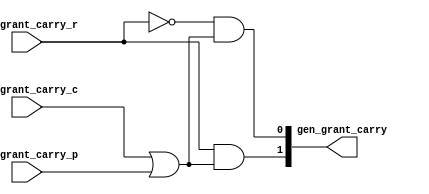
/*
 * These source files contain a hardware description of a network
 * automatically generated by CONNECT (CONfigurable NEtwork Creation Tool).
 *
 * This product includes a hardware design developed by Carnegie Mellon
 * University.
 *
 * Copyright (c) 2012 by Michael K. Papamichael, Carnegie Mellon University
 *
 * For more information, see the CONNECT project website at:
 *   http://www.ece.cmu.edu/~mpapamic/connect
 *
 * This design is provided for internal, non-commercial research use only, 
 * cannot be used for, or in support of, goods or services, and is not for
 * redistribution, with or without modifications.
 * 
 * You may not use the name "Carnegie Mellon University" or derivations
 * thereof to endorse or promote products derived from this software.
 *
 * THE SOFTWARE IS PROVIDED "AS-IS" WITHOUT ANY WARRANTY OF ANY KIND, EITHER
 * EXPRESS, IMPLIED OR STATUTORY, INCLUDING BUT NOT LIMITED TO ANY WARRANTY
 * THAT THE SOFTWARE WILL CONFORM TO SPECIFICATIONS OR BE ERROR-FREE AND ANY
 * IMPLIED WARRANTIES OF MERCHANTABILITY, FITNESS FOR A PARTICULAR PURPOSE,
 * TITLE, OR NON-INFRINGEMENT.  IN NO EVENT SHALL CARNEGIE MELLON UNIVERSITY
 * BE LIABLE FOR ANY DAMAGES, INCLUDING BUT NOT LIMITED TO DIRECT, INDIRECT,
 * SPECIAL OR CONSEQUENTIAL DAMAGES, ARISING OUT OF, RESULTING FROM, OR IN
 * ANY WAY CONNECTED WITH THIS SOFTWARE (WHETHER OR NOT BASED UPON WARRANTY,
 * CONTRACT, TORT OR OTHERWISE).
 *
 */


//
// Generated by Bluespec Compiler, version 2012.01.A (build 26572, 2012-01-17)
//
// On Sun Oct 14 04:24:24 EDT 2018
//
// Method conflict info:
// Method: gen_grant_carry
// Conflict-free: gen_grant_carry
//
//
// Ports:
// Name                         I/O  size props
// gen_grant_carry                O     2
// gen_grant_carry_c              I     1
// gen_grant_carry_r              I     1
// gen_grant_carry_p              I     1
//
// Combinational paths from inputs to outputs:
//   (gen_grant_carry_c, gen_grant_carry_r, gen_grant_carry_p) -> gen_grant_carry
//
//

`ifdef BSV_ASSIGNMENT_DELAY
`else
`define BSV_ASSIGNMENT_DELAY
`endif

module module_gen_grant_carry(gen_grant_carry_c,
			      gen_grant_carry_r,
			      gen_grant_carry_p,
			      gen_grant_carry);
  // value method gen_grant_carry
  input  gen_grant_carry_c;
  input  gen_grant_carry_r;
  input  gen_grant_carry_p;
  output [1 : 0] gen_grant_carry;

  // signals for module outputs
  wire [1 : 0] gen_grant_carry;

  // value method gen_grant_carry
  assign gen_grant_carry =
	     { gen_grant_carry_r && (gen_grant_carry_c || gen_grant_carry_p),
	       !gen_grant_carry_r &&
	       (gen_grant_carry_c || gen_grant_carry_p) } ;
endmodule  // module_gen_grant_carry